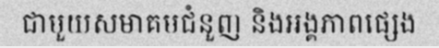
ជាមួយសមាគមជំនួញ និងអង្គភាពផ្សេង